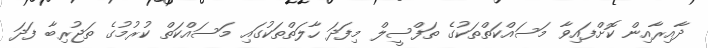
ދާއިރާއިން ކޮށްފައިވާ މަސައްކަތްތަކުގެ ތަފްސީލް މިފަދަ ހާލަތްތަކުގައި މަސައްކަތް ކުރުމުގެ ތަޖުރިބާ ފަދަ